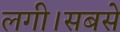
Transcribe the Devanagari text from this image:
लगी।सबसे